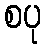
စပု